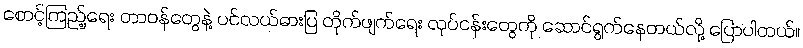
စောင့်ကြည့်ရေး တာဝန်တွေနဲ့ ပင်လယ်ဓားပြ တိုက်ဖျက်ရေး လုပ်ငန်းတွေကို ဆောင်ရွက်နေတယ်လို့ ပြောပါတယ်။